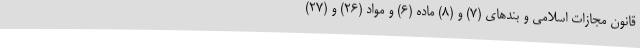
قانون مجازات اسلامی و بندهای (7) و (8) ماده (6) و مواد (26) و (27)